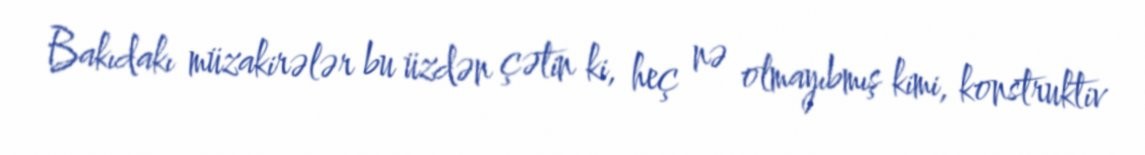
Bakıdakı müzakirələr bu üzdən çətin ki, heç nə olmayıbmış kimi, konstruktiv